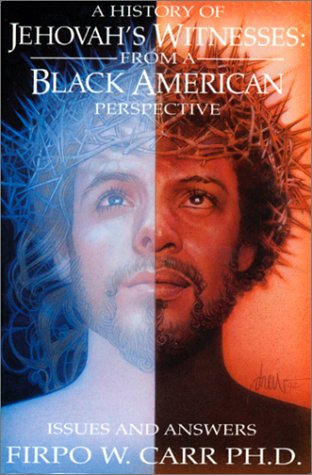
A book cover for A History of Jehovah's Witnesses: From a Black American Perspective; Firpo W. Carr; Christian Books & Bibles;